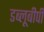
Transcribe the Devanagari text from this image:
डब्लूबीपी